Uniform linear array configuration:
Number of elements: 16
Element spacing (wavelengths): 0.25
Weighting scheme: exponential
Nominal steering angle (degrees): -45
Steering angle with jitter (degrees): -44.092
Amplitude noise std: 0.05
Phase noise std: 0.05

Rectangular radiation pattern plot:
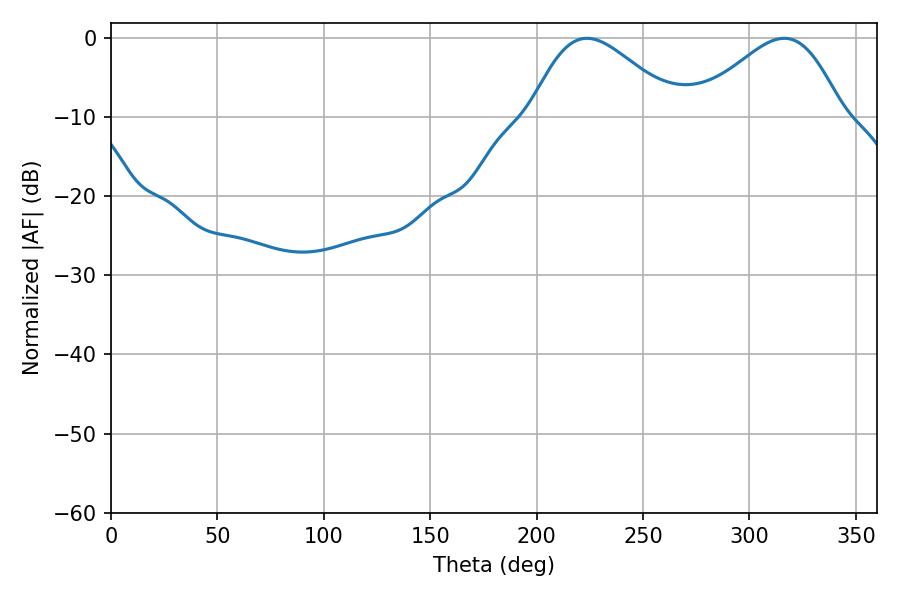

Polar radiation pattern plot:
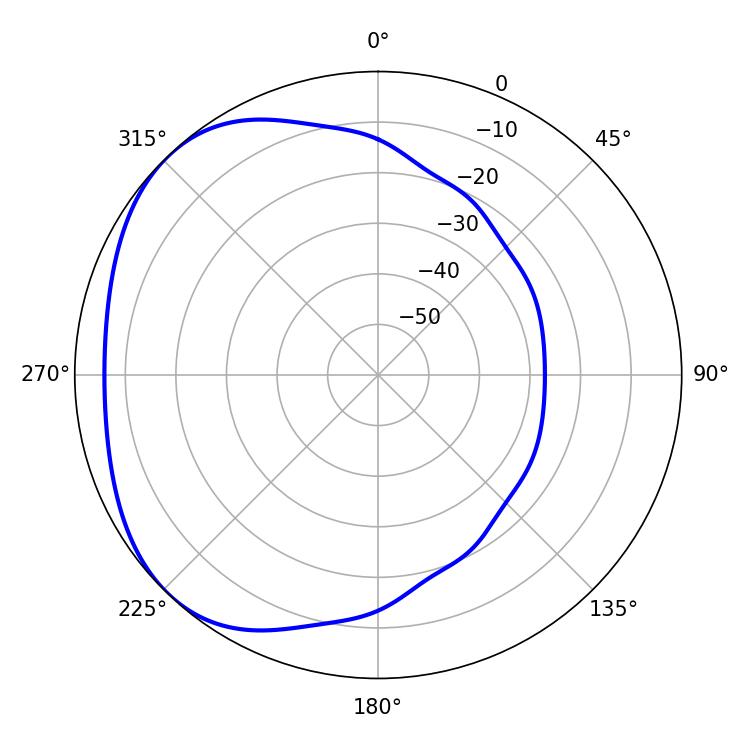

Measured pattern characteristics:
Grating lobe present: FALSE
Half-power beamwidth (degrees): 36.72
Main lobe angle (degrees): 223.56